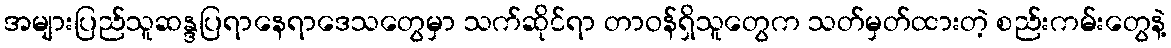
အများပြည်သူဆန္ဒပြရာနေရာဒေသတွေမှာ သက်ဆိုင်ရာ တာဝန်ရှိသူတွေက သတ်မှတ်ထားတဲ့ စည်းကမ်းတွေနဲ့